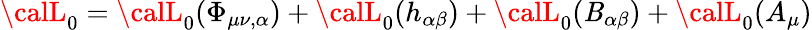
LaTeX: {\calL}_{0}={\calL}_{0}(\Phi_{\mu\nu,\alpha})+{\calL}_{0}(h_{\alpha\beta})+{\calL}_{0}(\mathit{B}_{\alpha\beta})+{\calL}_{0}(A_{\mu})